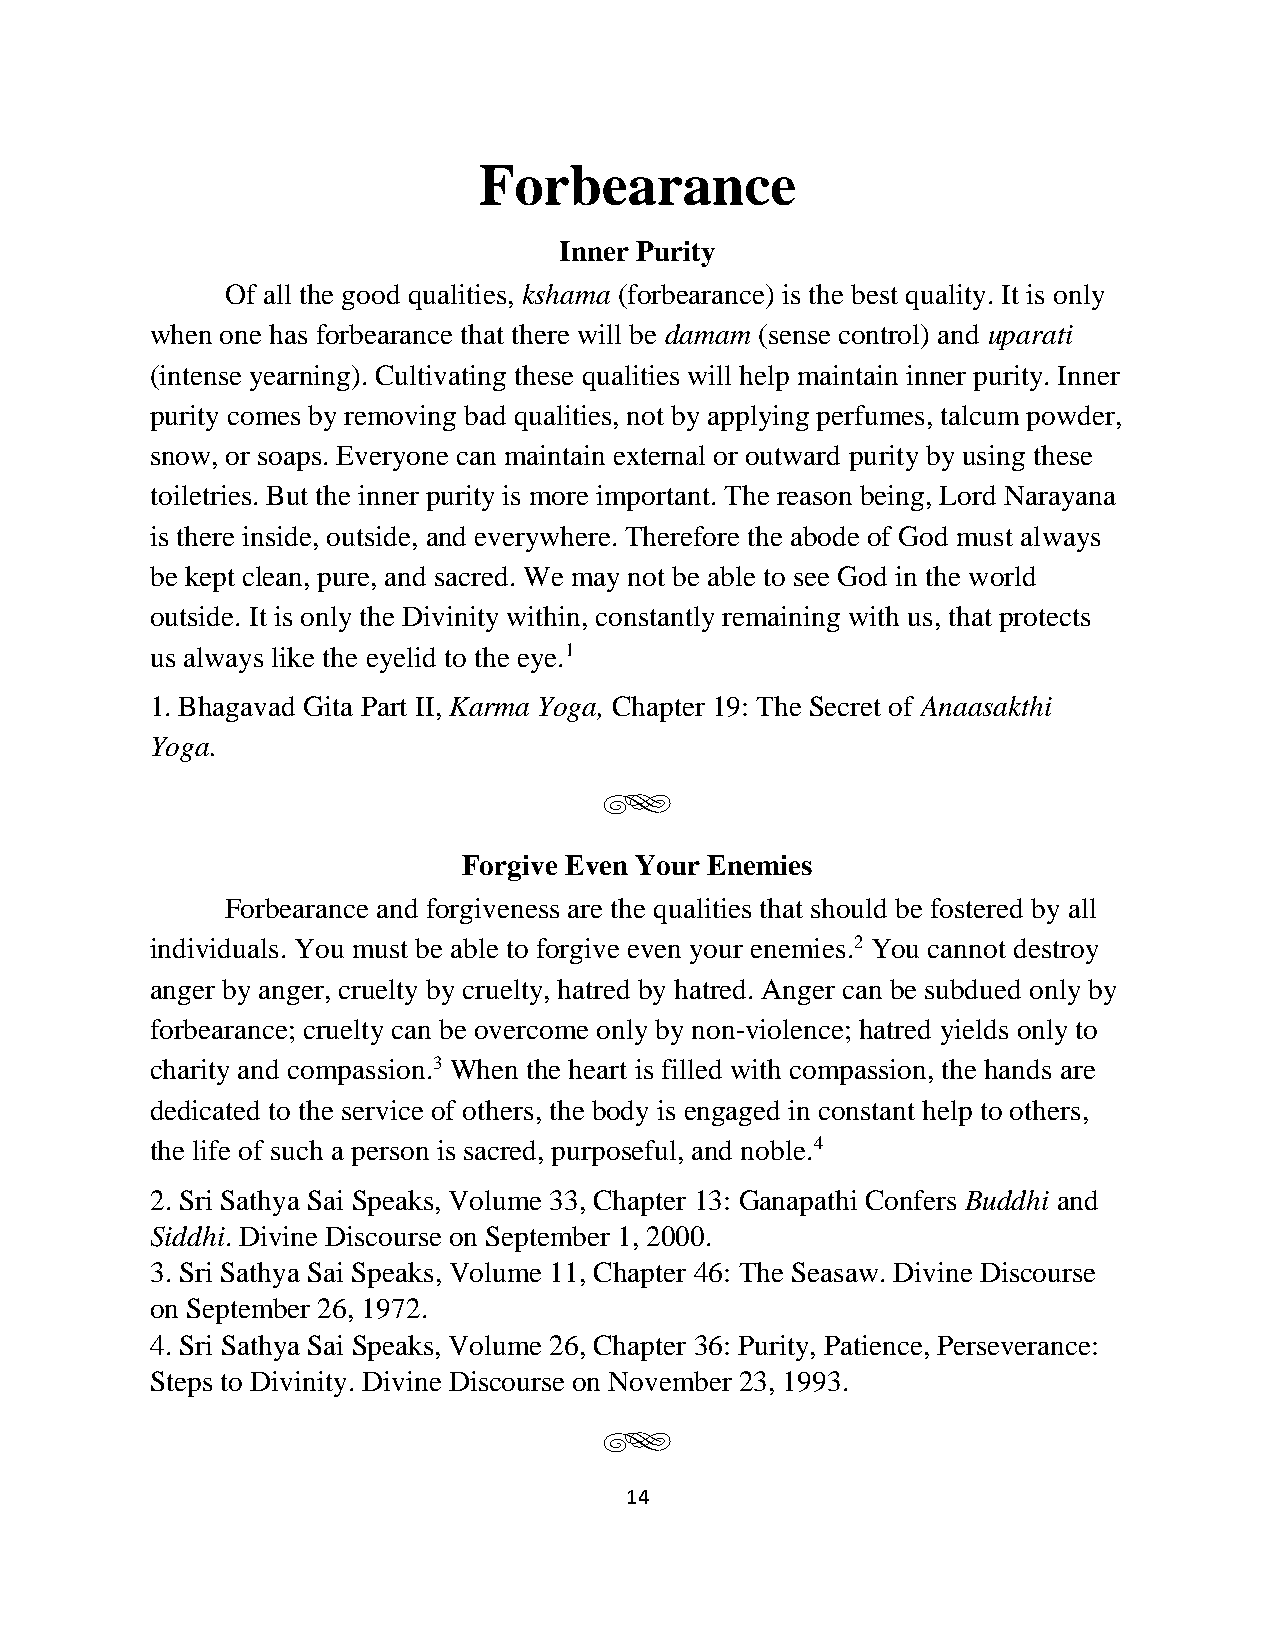
Forbearance
 Inner Purity
 Of all the good qualities, kshama (forbearance) is the best quality. It is only
 when one has forbearance that there will be damam (sense control) and uparati
 (intense yearning). Cultivating these qualities will help maintain inner purity. Inner
 purity comes by removing bad qualities, not by applying perfumes, talcum powder,
 snow, or soaps. Everyone can maintain external or outward purity by using these
 toiletries. But the inner purity is more important. The reason being, Lord Narayana
 is there inside, outside, and everywhere. Therefore the abode of God must always
 be kept clean, pure, and sacred. We may not be able to see God in the world
 outside. It is only the Divinity within, constantly remaining with us, that protects
 us always like the eyelid to the eye.1
 1. Bhagavad Gita Part II, Karma Yoga, Chapter 19: The Secret of Anaasakthi
 Yoga.
 g
 Forgive Even Your Enemies
 Forbearance and forgiveness are the qualities that should be fostered by all
 individuals. You must be able to forgive even your enemies.2 You cannot destroy
 anger by anger, cruelty by cruelty, hatred by hatred. Anger can be subdued only by
 forbearance; cruelty can be overcome only by non-violence; hatred yields only to
 charity and compassion.3 When the heart is filled with compassion, the hands are
 dedicated to the service of others, the body is engaged in constant help to others,
 the life of such a person is sacred, purposeful, and noble.4
 2. Sri Sathya Sai Speaks, Volume 33, Chapter 13: Ganapathi Confers Buddhi and
 Siddhi. Divine Discourse on September 1, 2000.
 3. Sri Sathya Sai Speaks, Volume 11, Chapter 46: The Seasaw. Divine Discourse
 on September 26, 1972.
 4. Sri Sathya Sai Speaks, Volume 26, Chapter 36: Purity, Patience, Perseverance:
 Steps to Divinity. Divine Discourse on November 23, 1993.
 g
 14